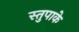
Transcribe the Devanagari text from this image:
स्तुपाके